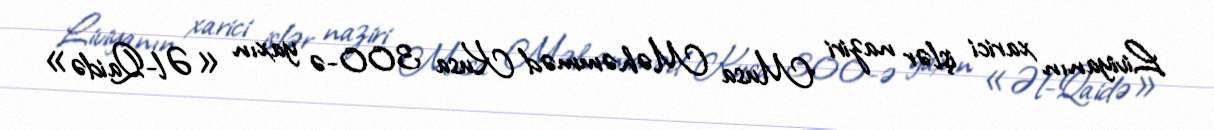
Liviyanın xarici işlər naziri Musa Məhəmməd Kusa 300-ə yaxın «Əl-Qaidə»